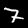
Label: 7